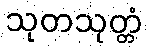
သုတသုတ္တံ